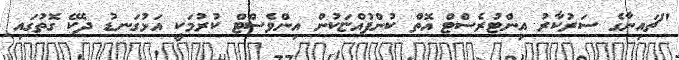
"ޗައިނާގެ ސަރުކާރު އިންޓުރެސްޓް އޮތް ކުންފުއްޏަކުން އިންވެސްޓް ކުރުމަކީ އަޅުގަނޑު ދެކޭ ގޮތުގައި